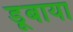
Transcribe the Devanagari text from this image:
डूबाया